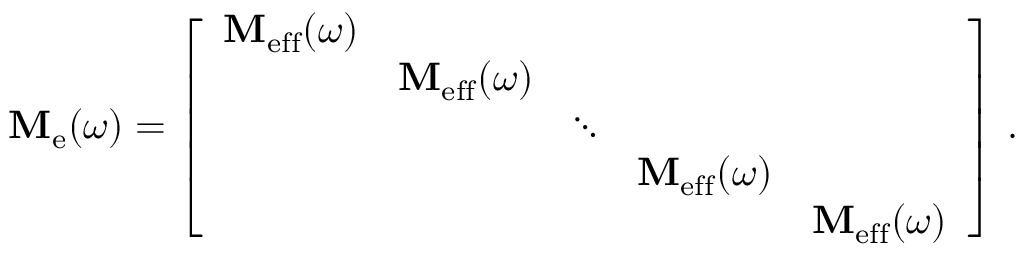
\mathbf { M } _ { \mathrm { e } } ( \omega ) = \left[ \begin{array} { l l l l l } { \mathbf { M } _ { \mathrm { e f f } } ( \omega ) } & & & & \\ & { \mathbf { M } _ { \mathrm { e f f } } ( \omega ) } & & & \\ & & { \ddots } & & \\ & & & { \mathbf { M } _ { \mathrm { e f f } } ( \omega ) } & \\ & & & & { \mathbf { M } _ { \mathrm { e f f } } ( \omega ) } \end{array} \right] \, .